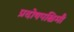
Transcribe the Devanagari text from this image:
प्रदोषपश्चिमौ